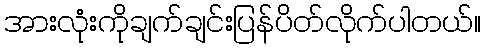
အားလုံးကိုချက်ချင်းပြန်ပိတ်လိုက်ပါတယ်။